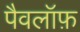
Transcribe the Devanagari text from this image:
पैवलॉफ़